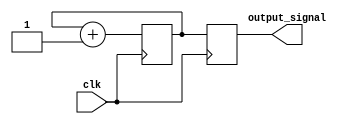
module clock_divider(
    input wire clk,
    output reg [7:0] output_signal
);

reg [7:0] count = 8'b0;

always @(posedge clk) begin
    count <= count + 1;
    output_signal <= count;
end

endmodule